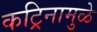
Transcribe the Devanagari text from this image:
कट्रिनामुळे